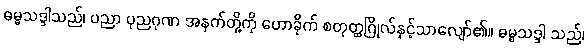
ဓမ္မသဒ္ဒါသည်၊ ပညာ ပုညဂုဏ အနက်တို့ကို ဟောခိုက် စတုတ္ထဂြိုလ်နှင့်သာလျော်၏။ ဓမ္မသဒ္ဒါ သည်၊